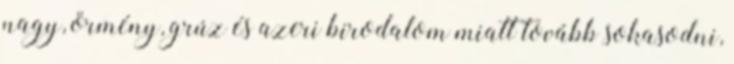
nagy, örmény, grúz és azeri birodalom miatt tovább sokasodni,